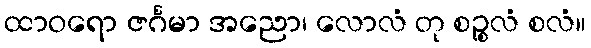
ထာဝရော ဇင်္ဂမာ အညော၊ လောလံ တု စဉ္စလံ စလံ။